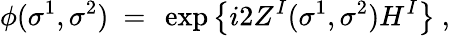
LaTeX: \phi(\sigma^{1},\sigma^{2})\ =\ \exp\left\{ i2Z^{I}(\sigma^{1},\sigma^{2})H^{I}\right\} \ ,